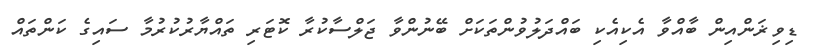
ޑިވިޜަންއިން ބާއްވާ އެކިއެކި ބައްދަލުވުންތަކަށް ބޭނުންވާ ޖަލްސާކުރާ ކޮޓަރި ތައްޔާރުކުރުމާ ސައިގެ ކަންތައް